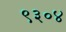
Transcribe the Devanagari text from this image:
९३०४